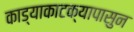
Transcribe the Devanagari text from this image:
काड्याकाटक्यापासुन